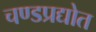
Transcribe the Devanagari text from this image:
चण्डप्रद्योत